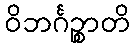
ဝိဘင်္ဂဉ္စာတိ